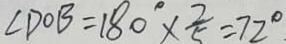
\angle D O B = 1 8 0 ^ { \circ } \times \frac { 2 } { 5 } = 7 2 ^ { \circ } .